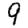
Digit: 9